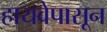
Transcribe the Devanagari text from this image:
हायवेपासून